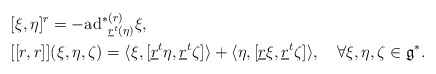
\begin{align*}&[\xi,\eta]^{r}=-{\mathrm{ad}^{\ast}}^{(r)}_{\underline{r}^{t}(\eta)}\xi,\\&[[r,r]](\xi,\eta,\zeta)=\langle \xi,[\underline{r}^{t}\eta,\underline{r}^{t}\zeta]\rangle+\langle\eta,[\underline{r}\xi,\underline{r}^{t}\zeta]\rangle,\quad\forall\xi,\eta,\zeta\in\mathfrak{g}^{\ast}.\end{align*}